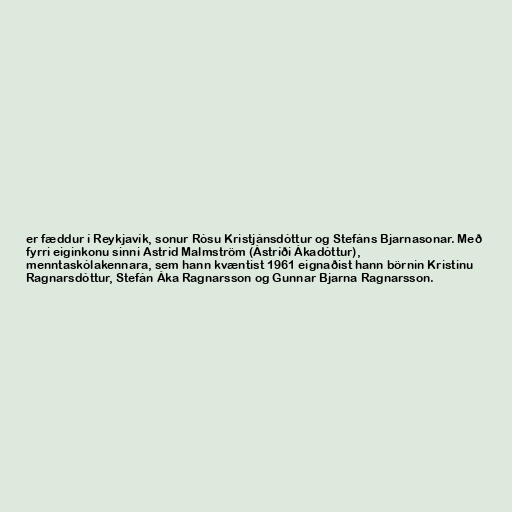
er fæddur í Reykjavík, sonur Rósu Kristjánsdóttur og Stefáns Bjarnasonar. Með
fyrri eiginkonu sinni Astrid Malmström (Ástríði Ákadóttur),
menntaskólakennara, sem hann kvæntist 1961 eignaðist hann börnin Kristinu
Ragnarsdóttur, Stefán Áka Ragnarsson og Gunnar Bjarna Ragnarsson.